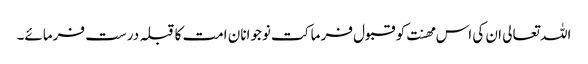
اللہ تعالی ان کی اس مھنت کو قبول فر ما کت نوجوانان امت کا قبلہ درست فرمائے۔